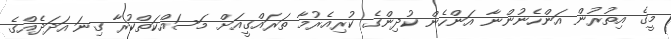
މީގެ އިތުރުން އަންހެނުންނާ އަންހެން ކުދިންގެ ކުރިއެރުމާ ތަރައްގީއަށް މަސައްކަތްކުރާ ގިނަ އަދަދެއްގެ